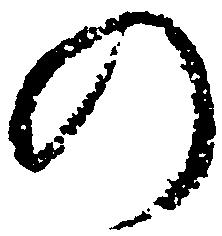
の